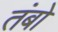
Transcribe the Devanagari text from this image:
तंबो